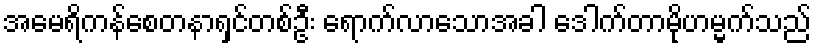
အမေရိကန်စေတနာရှင်တစ်ဦး ရောက်လာသောအခါ ဒေါက်တာမိုဟမ္မက်သည်